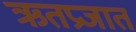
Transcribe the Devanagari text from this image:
ऋतप्रजात